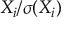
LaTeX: X _ { i } / \sigma ( X _ { i } )